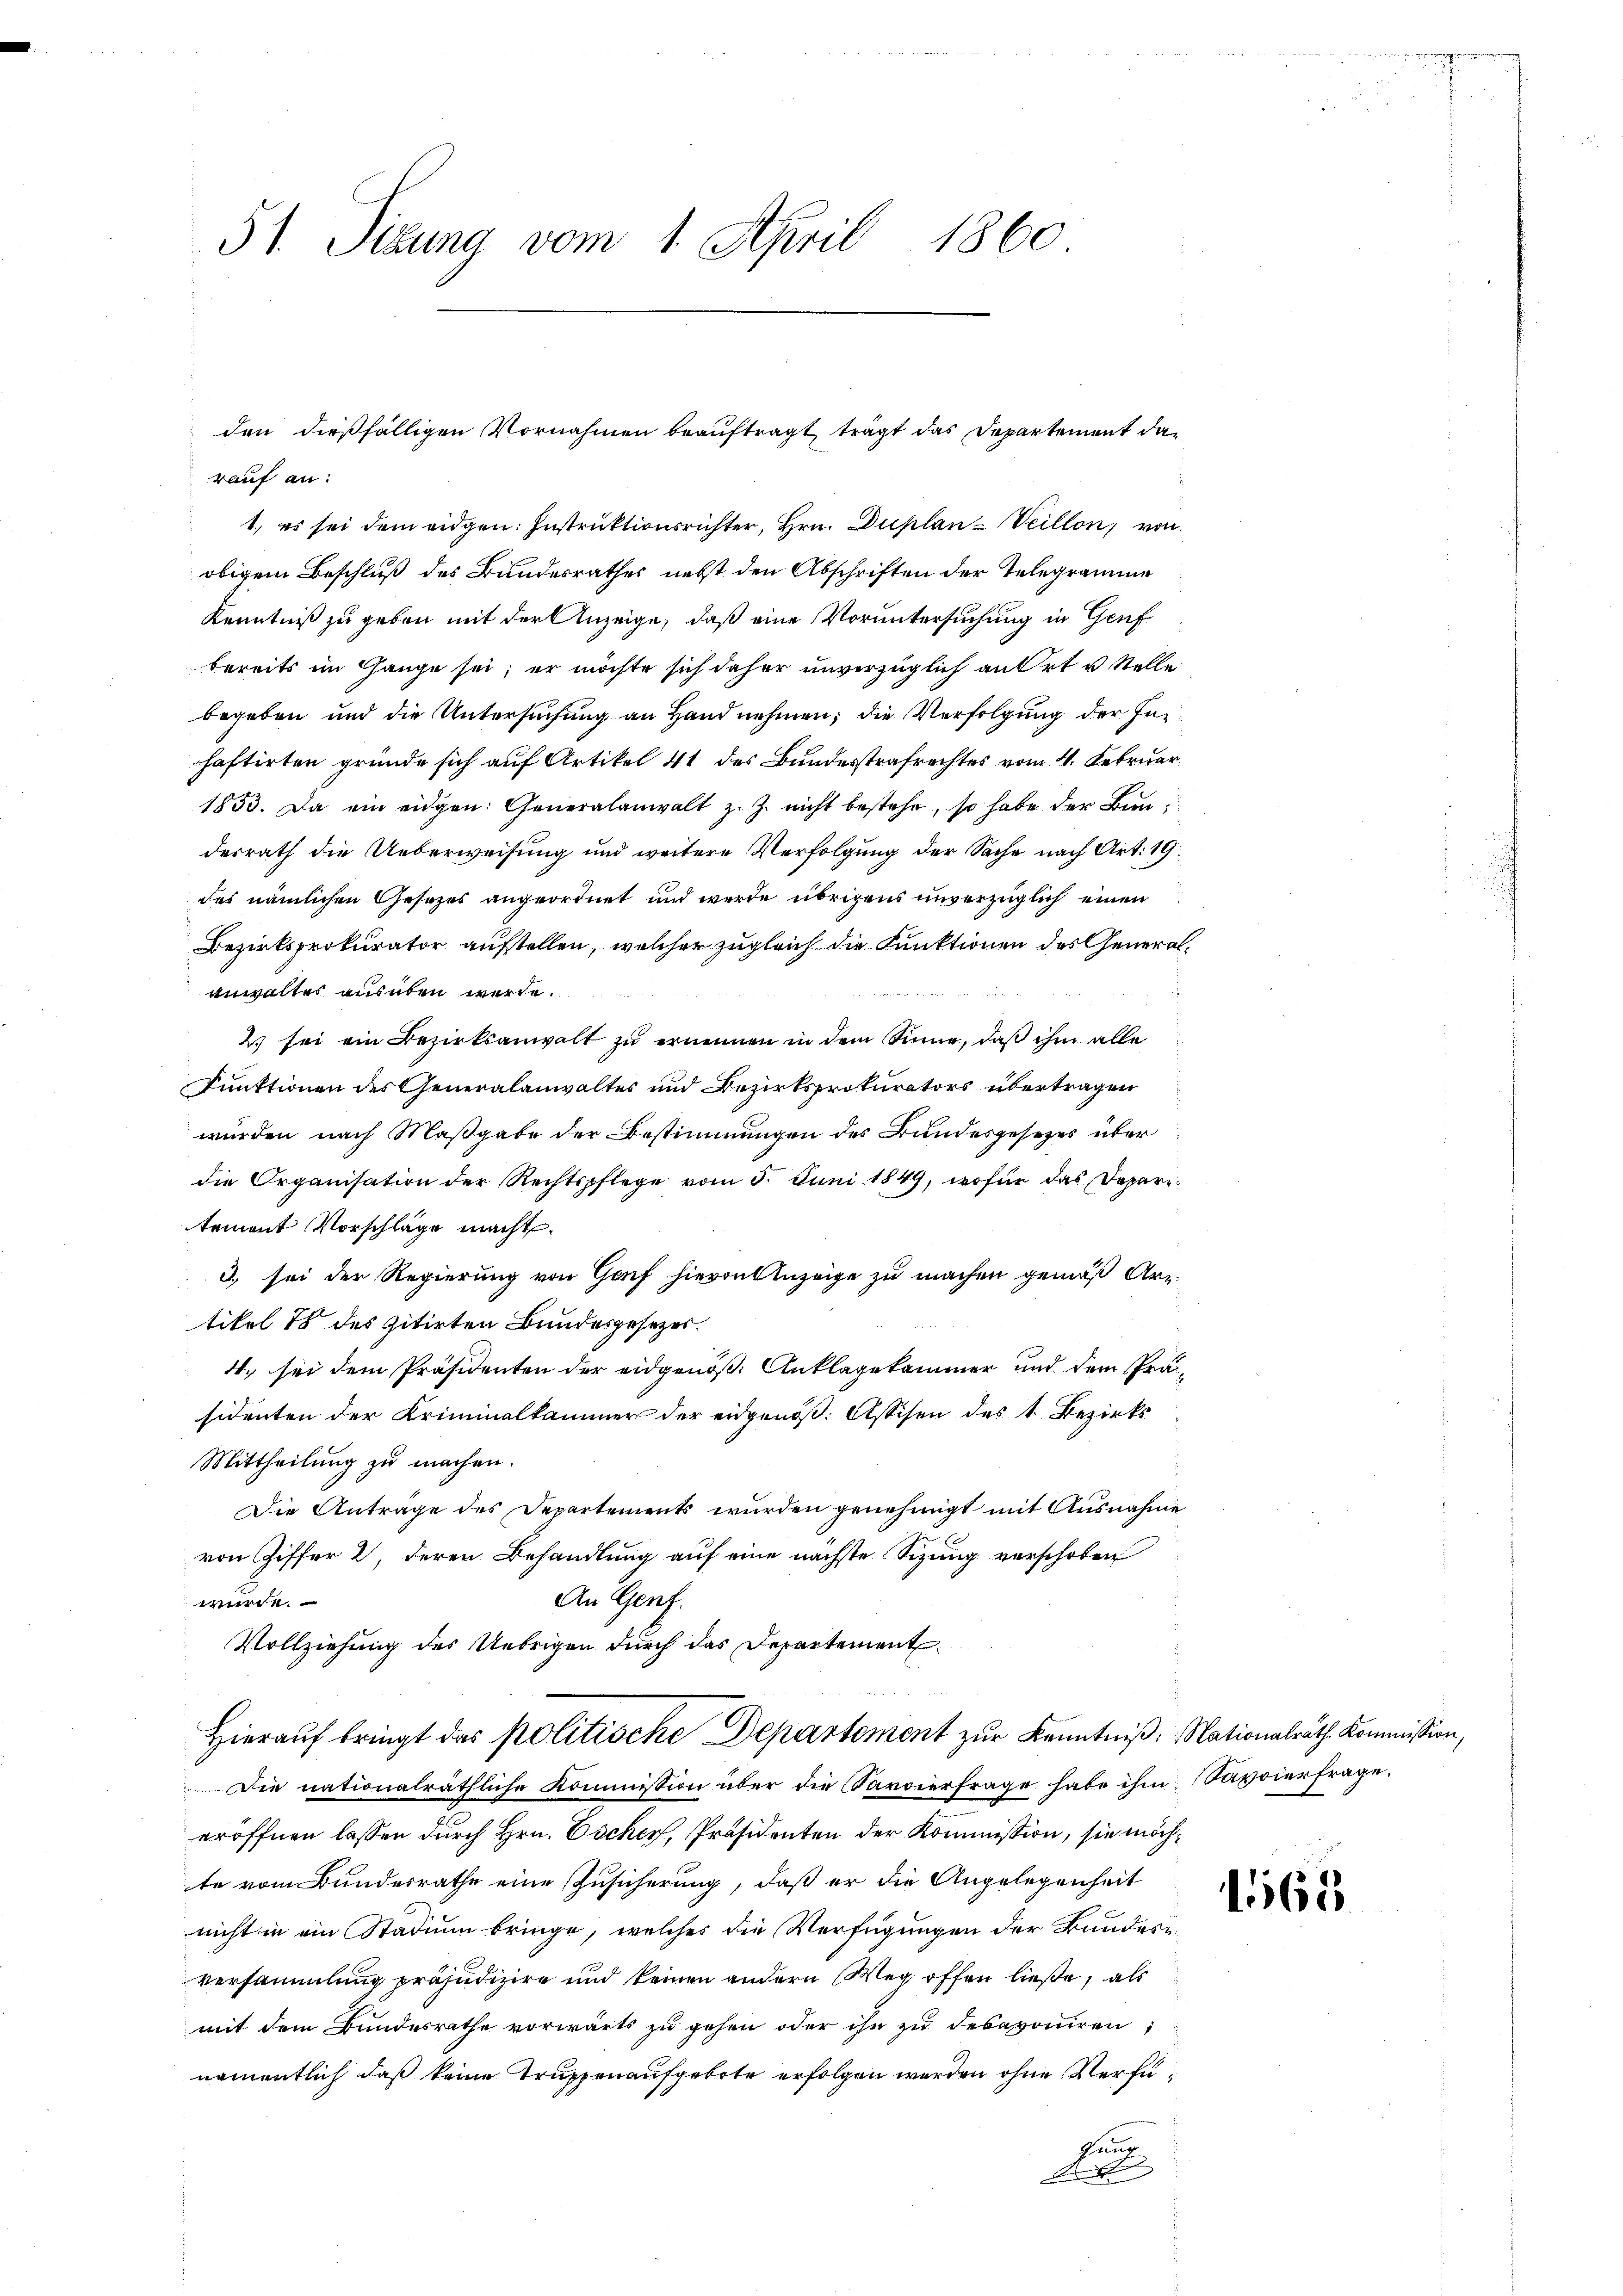
51. Sitzung vom 1. April 1860

rauf an:
1., es sei dem eidgen: Instruktionsrichter, Hrn. Duplan-Veillon, von
obigem Beschluß des Bundesrathes nebst den Abschriften der Telegramme
Kenntniß zu geben mit der Anzeige, daß eine Voruntersuchung in Genf
bereits im Gange sei; er möchte sich daher unverzüglich an Ort u Stelle
begeben und die Untersuchung an Hand nehmen; die Verfolgung der Inhaftirten gründe sich auf Artikel 41 des Bundesstrafrechtes vom 4. Februar.
1853. Da ein eidgen. Generalanwalt z. Z. nicht bestehe, so habe der Bundesrath die Ueberweisung und weitere Verfolgung der Sache nach Art. 19.
des nämlichen Gesezes angeordnet und werde übrigens unverzüglich einen
Bezirksprokurator aufstellen, welcher zugleich die Funktionen des Generalanwaltes ausüben werde.
2 sei ein Bezirksanwalt zu ernennen in dem Sinne, daß ihm alle
Funktionen des Generalanwaltes und Bezirksprokurators übertragen
würden nach Maßgabe der Bestimmungen des Bundesgesezes über
die Organisation der Rechtspflege vom 5. Juni 1849, wofür das Deparetement Vorschläge macht.
3) sei der Regierung von Gof hievon Anzeige zu machen gemäß Artikel 78 des zitirten Bundesgesezer.
4. sei dem Präsidenten der eidgenöß. Anklagekammer und dem Präsidenten der Kriminalkammer der eidgenöß. Assisen des 1. Bezirks
Mittheilung zu machen.
Die Anträge des Departements wurden genehmigt mit Ausnahme
von Giffer 2, deren Behandlung auf eine nächste Sizung verschoben
An Genf.
wurde.
Vollziehung des Uebrigen durch das Departement
Hierauf bringt das Politische Departement zur Kenntniß: Nationalrath Kommission,
Die nationalräthliche Kommission über die Sarvierfrage habe ihm. Savoierfrage.
eröffnen lassen durch Hrn. Escher, Präsidenten der Kommission, sie möchte vom Bundesrathe eine Zusicherung, daß er die Angelegenheit
nicht in ein Stadium bringe, welches die Verfügungen der Bundes-
versammlung präjudizire und keinen andern Weg offen ließe, als
mit dem Bundesrathe vorwärts zu gehen oder ihn zu desavouiren;
namentlich daß keine Truppenaufgebote erfolgen werden ohne Verfü¬
Guung
d

den dießfälligen Vornahmen beauftragt, trägt das Departement das

11165